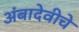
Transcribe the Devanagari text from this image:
अंबादेवीचे